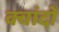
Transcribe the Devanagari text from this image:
क्वांदों